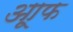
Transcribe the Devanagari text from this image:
आूफ